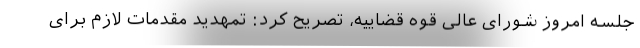
جلسه امروز شورای عالی قوه قضاییه، تصریح کرد: تمهدید مقدمات لازم برای